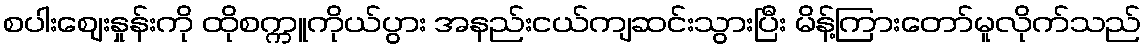
စပါးဈေးနှုန်းကို ထိုစက္ကူကိုယ်ပွား အနည်းငယ်ကျဆင်းသွားပြီး မိန့်ကြားတော်မူလိုက်သည်